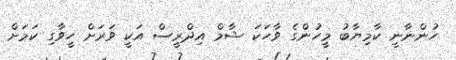
ހުންނާނީ ކާމިޔާބު މީހުންގެ ވާހަކަ ޝާމް އިދްރީސް އަކީ ވަރަށް ހީވާގި ކަމަށް